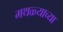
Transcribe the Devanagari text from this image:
मथळ्याच्या